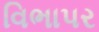
વિભાપર